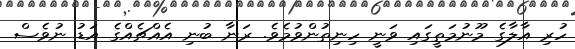
ހުރި އާލާގެ މޫނުމަތީގައި ވަނީ ހިނިތުންވުމެވެ. ރަނާ ބުނި އެއްޗެއްގެ އަޑު ނުވެސް